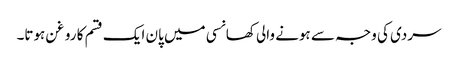
سردی کی وجہ سے ہونے والی کھانسی میں پان ایک قسم کا روغن ہوتا۔